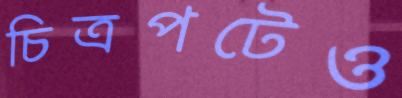
চিত্রপটেও